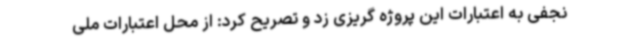
نجفی به اعتبارات این پروژه گریزی زد و تصریح کرد: از محل اعتبارات ملی